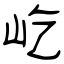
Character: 屹